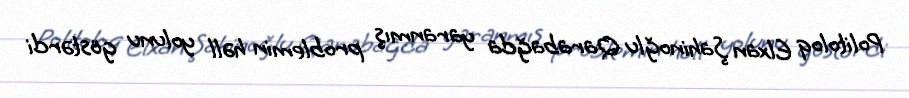
Politoloq Elxan Şahinoğlu Qarabağda yaranmış problemin həll yolunu göstərdi